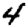
Digit: 4